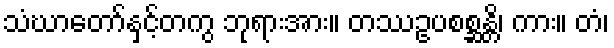
သံဃာတော်နှင့်တကွ ဘုရားအား။ တဿဥပစစ္ဆန္တိ၊ ကား။ တံ၊